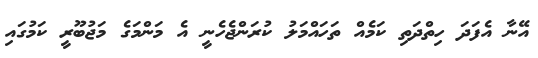
އޭނާ އެފަދަ ހިތްދަތި ކަމެއް ތަހައްމަލު ކުރަންޖެހެނީ އެ މަންމަގެ މަޖުބޫރީ ކަމުގައި